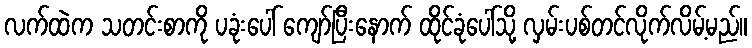
လက်ထဲက သတင်းစာကို ပခုံးပေါ် ကျော်ပြီးနောက် ထိုင်ခုံပေါ်သို့ လှမ်းပစ်တင်လိုက်လိမ့်မည်။